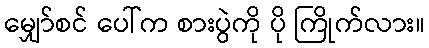
မျှော်စင် ပေါ်က စားပွဲကို ပို ကြိုက်လား။